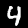
Label: 4